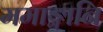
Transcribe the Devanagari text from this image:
ममाङ्गानि